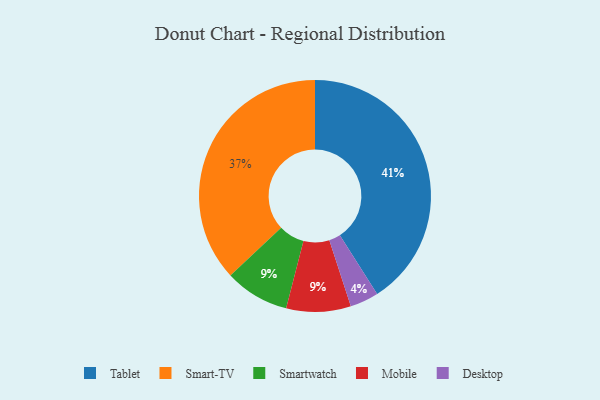
{"axis": {"x": "Category", "y": "Percentage"}, "legend": ["Desktop", "Mobile", "Smart-TV", "Smartwatch", "Tablet"], "data": [{"x": "Smart-TV", "y": 37, "type": "Smart-TV"}, {"x": "Smartwatch", "y": 9, "type": "Smartwatch"}, {"x": "Tablet", "y": 41, "type": "Tablet"}, {"x": "Desktop", "y": 4, "type": "Desktop"}, {"x": "Mobile", "y": 9, "type": "Mobile"}]}